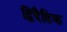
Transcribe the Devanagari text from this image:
द्विदैहिक